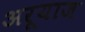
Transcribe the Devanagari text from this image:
अरूयाज